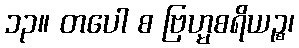
၁၃။ တပေါ စ ဗြဟ္မစရိယဉ္စ၊